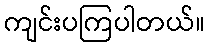
ကျင်းပကြပါတယ်။